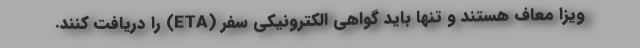
ویزا معاف هستند و تنها باید گواهی الکترونیکی سفر (ETA) را دریافت کنند.